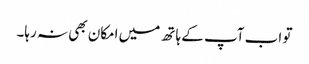
تو اب آپ کے ہاتھ میں امکان بھی نہ رہا۔